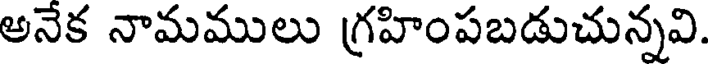
అనేక నామములు గ్రహింపబడుచున్నవి.